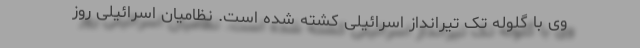
وی با گلوله تک تیرانداز اسرائیلی کشته شده است. نظامیان اسرائیلی روز